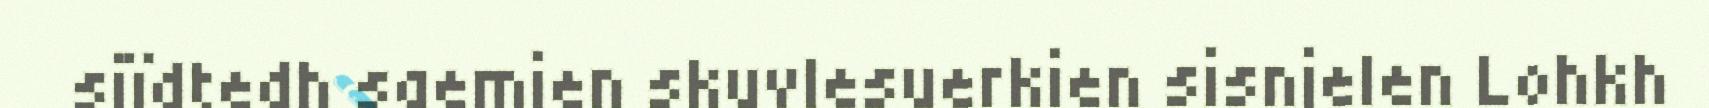
sjïdtedh saemien skuvlesuerkien sisnjelen Lohkh